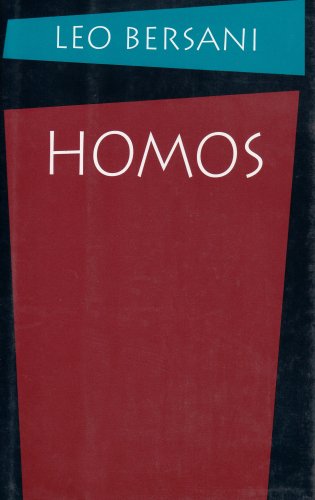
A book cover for Homos; Leo Bersani; Gay & Lesbian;